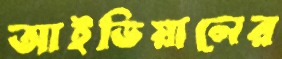
আইডিয়ালের